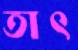
তাৎ